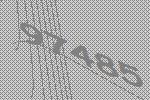
97485